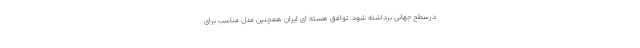
درسطح جهانی برداشته شود. توافق هسته ای ایران همچنین مدل مناسب برای